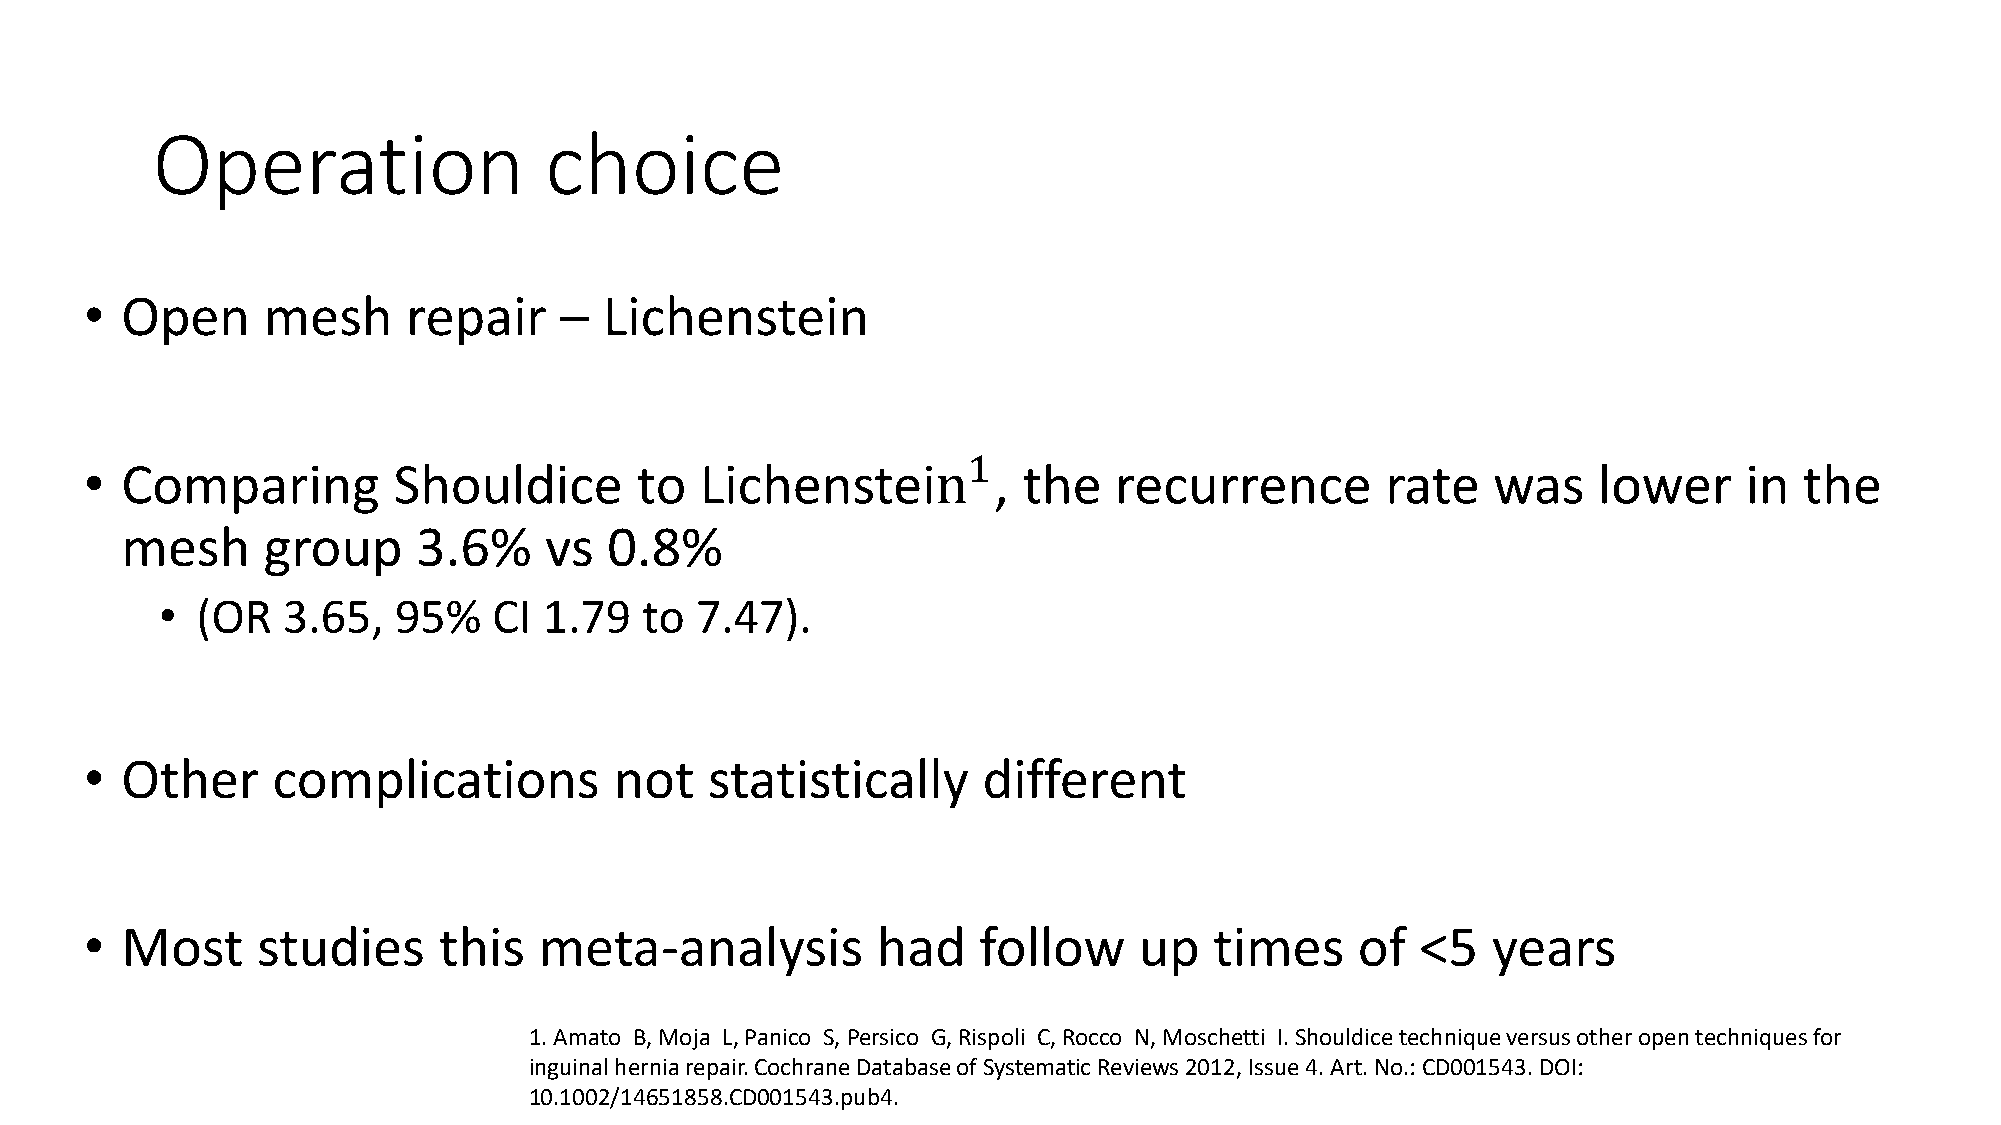
Operation                 choice
 • Open     mesh      repair    –  Lichenstein
 1
 • Comparing         Shouldice       to  Lichenstein         , the   recurrence        rate   was    lower     in the
 mesh     group      3.6%    vs  0.8%
 • (OR   3.65,  95%    CI 1.79  to  7.47).
 • Other     complications          not   statistically     different
 • Most     studies     this   meta-analysis         had    follow    up   times     of  <5   years
 1. Amato B, Moja L, Panico S, Persico G, Rispoli C, Rocco N, Moschetti I. Shouldicetechnique versus other open techniques for
 inguinal hernia repair. Cochrane Database of Systematic Reviews 2012, Issue 4. Art. No.: CD001543. DOI:
 10.1002/14651858.CD001543.pub4.